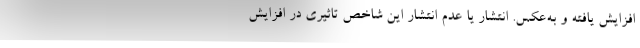
افزایش یافته و به‌عکس. انتشار یا عدم انتشار این شاخص تاثیری در افزایش